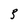
Character: 3